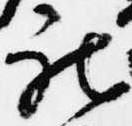
被